Vaccination in the Punjab 1867-1880 - 1867-1880
Year: 1867
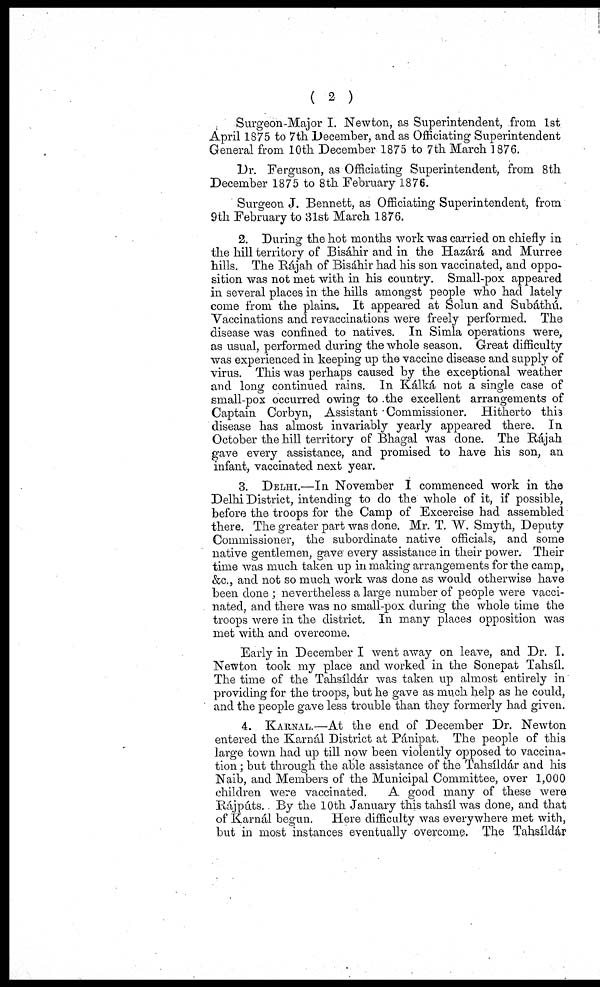
( 2 )
Surgeon-Major I. Newton, as Superintendent, from 1st
April 1875 to 7 th December, and as Officiating Superintendent
General from 10th December 1875 to 7th March 1876.
Dr. Ferguson, as Officiating Superintendent, from 8th
December 1875 to 8th February 1876.
Surgeon J. Bennett, as Officiating Superintendent, from
9th February to 31st March 1876.
2. During the hot months work was carried on chiefly in
the hill territory of Bisáhir and in the Hazárá and Murree
hills. The Rájah of Bisáhir had his son vaccinated, and oppo-
sition was not met with in his country. Small-pox appeared
in several places in the hills amongst people who had lately
come from the plains. It appeared at Solun and Subáthú.
Vaccinations and revaccinations were freely performed. The
disease was confined to natives. In Simla operations were,
as usual, performed during the whole season. Great difficulty
was experienced in keeping up the vaccine disease and supply of
virus. This was perhaps caused by the exceptional weather
and long continued rains. In Kálká not a single case of
small-pox occurred owing to the excellent arrangements of
Captain Corbyn, Assistant Commissioner. Hitherto this
disease has almost invariably yearly appeared there. In
October the hill territory of Bhagal was done. The Rájah
gave every assistance, and promised to have his son, an
infant, vaccinated next year.
3. DELHI.—In November I commenced work in the
Delhi District, intending to do the whole of it, if possible,
before the troops for the Camp of Excercise had assembled
there. The greater part was done. Mr. T. W. Smyth, Deputy
Commissioner, the subordinate native officials, and some
native gentlemen, gave every assistance in their power. Their
time was much taken up in making arrangements for the camp,
&c., and not so much work was done as would otherwise have
been done ; nevertheless a large number of people were vacci-
nated, and there was no small-pox during the whole time the
troops were in the district. In many places opposition was
met with and overcome.
Early in December I went away on leave, and Dr. I.
Newton took my place and worked in the Sonepat Tahsil.
The time of the Tahsíldár was taken up almost entirely in
providing for the troops, but he gave as much help as he could,
and the people gave less trouble than they formerly had given.
4. KARNAL.—At the end of December Dr. Newton
entered the Karnál District at Pánipat. The people of this
large town had up till now been violently opposed to vaccina-
tion ; but through the able assistance of the Tahsíldár and his
Naib, and Members of the Municipal Committee, over 1,000
children were vaccinated.
A good many of these were
Rajputs. By the 10th January this tahsíl was done, and that
of Karnál begun. Here difficulty was everywhere met with,
but in most instances eventually overcome. The Tahsíldár